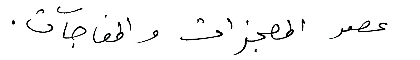
عصر المعجزات والمفاجآت.